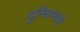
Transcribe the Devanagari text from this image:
दुनियभरके